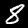
Label: 8